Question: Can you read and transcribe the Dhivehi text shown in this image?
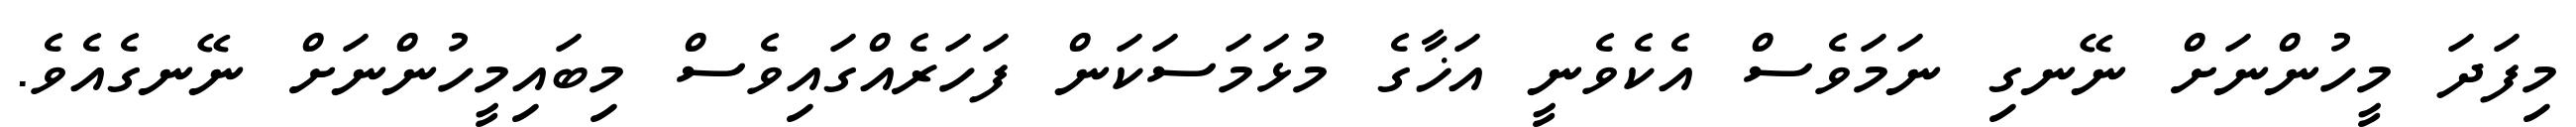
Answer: މިފަދަ މީހުންނަށް ނޭނގި ނަމަވެސް އެކެވެނީ އަޚާގެ މުޅަމަސަކަން ފަހަރެއްގައިވެސް މިބައިމީހުންނަށް ނޭނގެއެވެ.